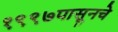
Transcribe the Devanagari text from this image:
१९९७पासूनचे